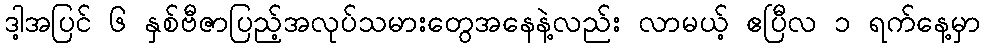
ဒါ့အပြင် ၆ နှစ်ဗီဇာပြည့်အလုပ်သမားတွေအနေနဲ့လည်း လာမယ့် ဧပြီလ ၁ ရက်နေ့မှာ